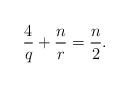
LaTeX: \begin{align*}\frac 4q +\frac n{r}=\frac n2.\end{align*}